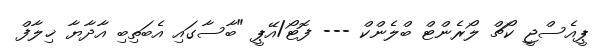
ޕީއެސްޖީ ކޯޗް ލޯރެންޓް ބްލެންކް --- ފޮޓޯ/އޭޕީ "ބާސާގައި އެބަތިބި އާދާޔާ ޚިލާފް